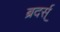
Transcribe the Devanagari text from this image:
ब्रदर्स्